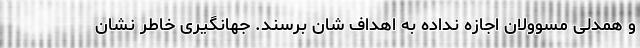
و همدلی مسوولان اجازه نداده به اهداف شان برسند. جهانگیری خاطر نشان